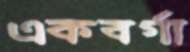
একবর্গা